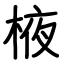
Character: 棭